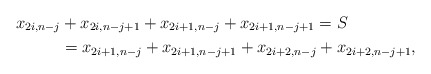
\begin{align*}x_{2i,n-j} &+ x_{2i,n-j+1} + x_{2i+1,n-j} + x_{2i+1,n-j+1} = S \\ &= x_{2i+1,n-j} + x_{2i+1,n-j+1} + x_{2i+2,n-j} + x_{2i+2,n-j+1},\end{align*}